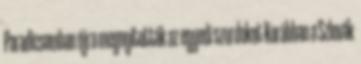
Paradicsomban újra megnyitották az egyedi szurdokot Korábban a Szlovák